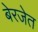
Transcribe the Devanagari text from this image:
बेरजेत